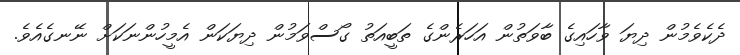
ދެކެވެމުން ދިޔަ ވާހައިގެ ބާވަތުން އަހަރެންގެ ތަބީއަތު ގޯސްވަމުން ދިޔަކަން އެމީހުންނަކަށް ނޭނގެއެވެ.